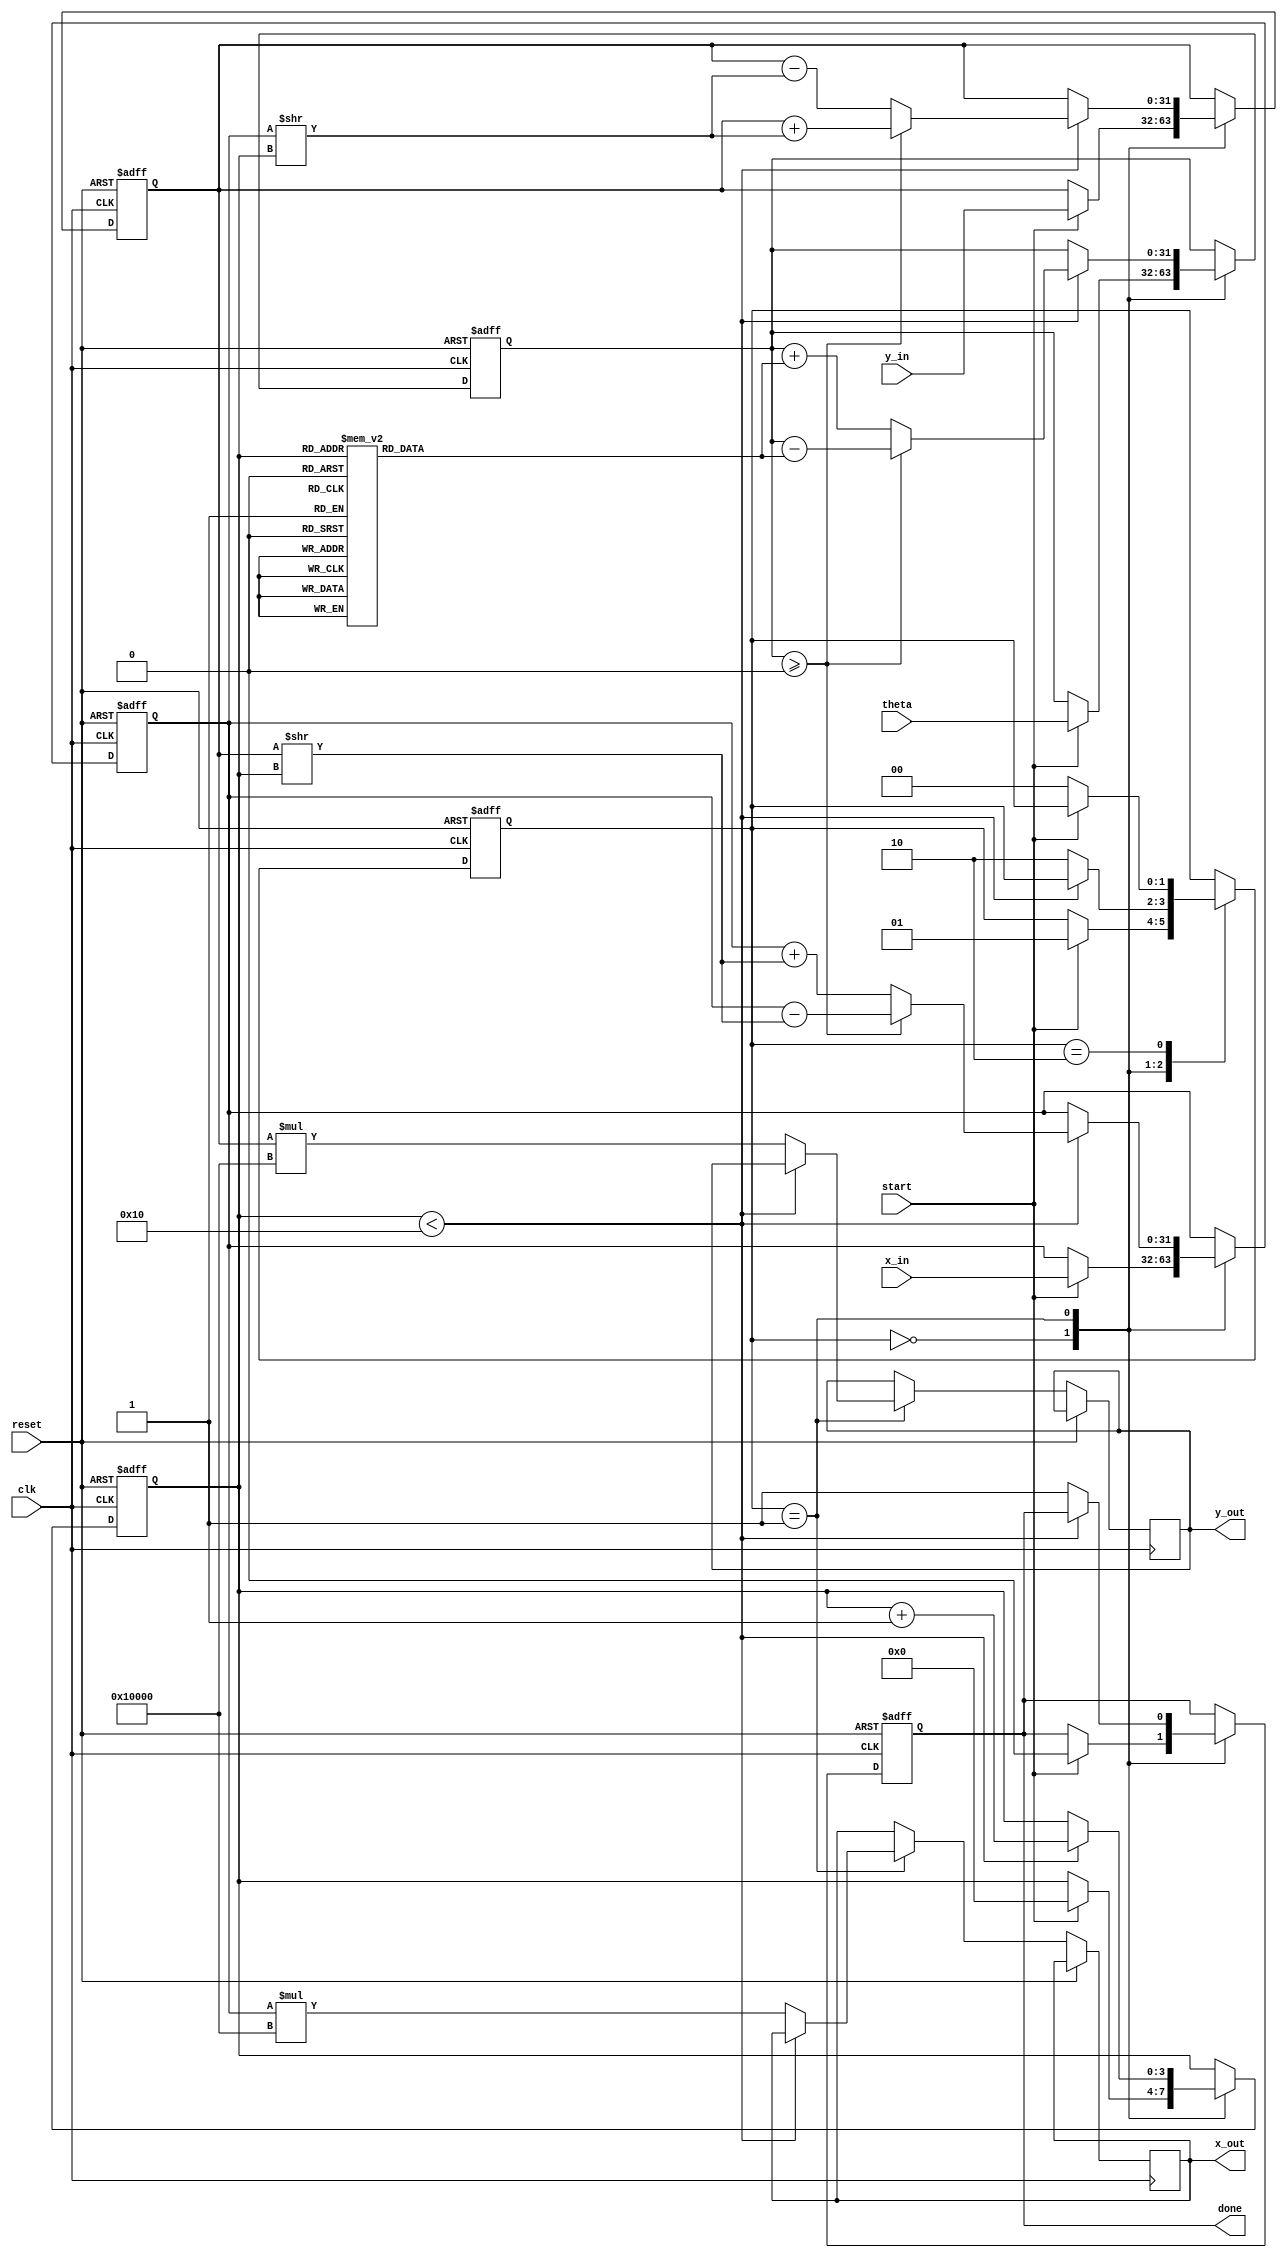
module cordic(
    input wire [31:0] theta,       // Input angle in radians (fixed-point format)
    input wire [31:0] x_in,        // Input x-coordinate
    input wire [31:0] y_in,        // Input y-coordinate
    input wire start,               // Start signal
    input wire clk,                 // Clock signal
    input wire reset,               // Reset signal
    output reg [31:0] x_out,        // Output x-coordinate
    output reg [31:0] y_out,        // Output y-coordinate
    output reg done                 // Done signal
);

    // Parameters
    parameter NUM_ITERATIONS = 16;  // Number of iterations
    parameter FIXED_POINT_SCALE = 32'h00010000; // Scaling factor (2^16)

    // Internal Registers
    reg [31:0] x_reg, y_reg, theta_reg;
    reg [3:0] iteration_count;
    reg [31:0] angle_table [0:NUM_ITERATIONS-1]; // Pre-computed angle table

    // State Machine
    reg [1:0] state;
    localparam IDLE = 2'b00,
               RUN  = 2'b01,
               DONE = 2'b10;

    // Initialize angle table (you may replace these values with actual pre-computed values)
    initial begin
        angle_table[0] = 32'h00000000; // 0
        angle_table[1] = 32'h00000020; // atan(2^-1)
        angle_table[2] = 32'h00000010; // atan(2^-2)
        angle_table[3] = 32'h00000008; // atan(2^-3)
        // Continue initializing for up to NUM_ITERATIONS
        // ...
        angle_table[15] = 32'h00000001; // last angle
    end

    // Sequential logic
    always @(posedge clk or posedge reset) begin
        if (reset) begin
            x_reg <= 32'h00000000;
            y_reg <= 32'h00000000;
            theta_reg <= 32'h00000000;
            iteration_count <= 0;
            done <= 0;
            state <= IDLE;
        end else begin
            case (state)
                IDLE: begin
                    if (start) begin
                        // Load input values
                        x_reg <= x_in;
                        y_reg <= y_in;
                        theta_reg <= theta;
                        iteration_count <= 0;
                        done <= 0;
                        state <= RUN;
                    end
                end

                RUN: begin
                    if (iteration_count < NUM_ITERATIONS) begin
                        // Perform rotation based on current angle
                        if (theta_reg >= 0) begin
                            x_reg <= x_reg - (y_reg >> iteration_count);
                            y_reg <= y_reg + (x_reg >> iteration_count);
                            theta_reg <= theta_reg - angle_table[iteration_count];
                        end else begin
                            x_reg <= x_reg + (y_reg >> iteration_count);
                            y_reg <= y_reg - (x_reg >> iteration_count);
                            theta_reg <= theta_reg + angle_table[iteration_count];
                        end
                        iteration_count <= iteration_count + 1;
                    end else begin
                        // Done with iterations
                        x_out <= x_reg * FIXED_POINT_SCALE; // Apply scaling
                        y_out <= y_reg * FIXED_POINT_SCALE; // Apply scaling
                        done <= 1;
                        state <= DONE;
                    end
                end

                DONE: begin
                    // Remain in done state
                    if (!start) begin
                        state <= IDLE; // Transition back to idle on start reset
                    end
                end
            endcase
        end
    end

endmodule